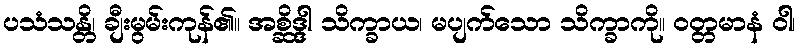
ပသံသန္တိ၊ ချီးမွမ်းကုန်၏။ အစ္ဆိဒ္ဒါ သိက္ခာယ၊ မပျက်သော သိက္ခာကို။ ဝတ္တမာနံ ဝါ၊